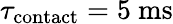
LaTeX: \tau_{\mathrm{contact}}=5~\mathrm{ms}